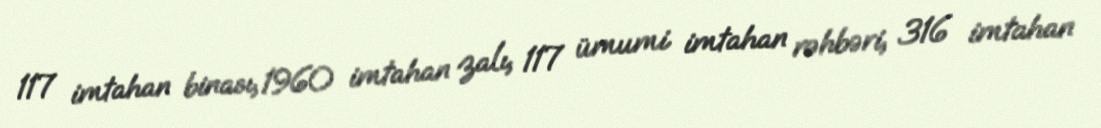
117 imtahan binası, 1960 imtahan zalı, 117 ümumi imtahan rəhbəri, 316 imtahan